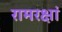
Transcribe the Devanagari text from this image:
रामरक्षां